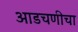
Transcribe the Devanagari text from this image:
आडचणीचा